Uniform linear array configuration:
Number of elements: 32
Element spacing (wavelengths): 0.25
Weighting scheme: binomial
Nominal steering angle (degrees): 15
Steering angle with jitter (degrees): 15.465
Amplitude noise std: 0.05
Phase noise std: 0.05

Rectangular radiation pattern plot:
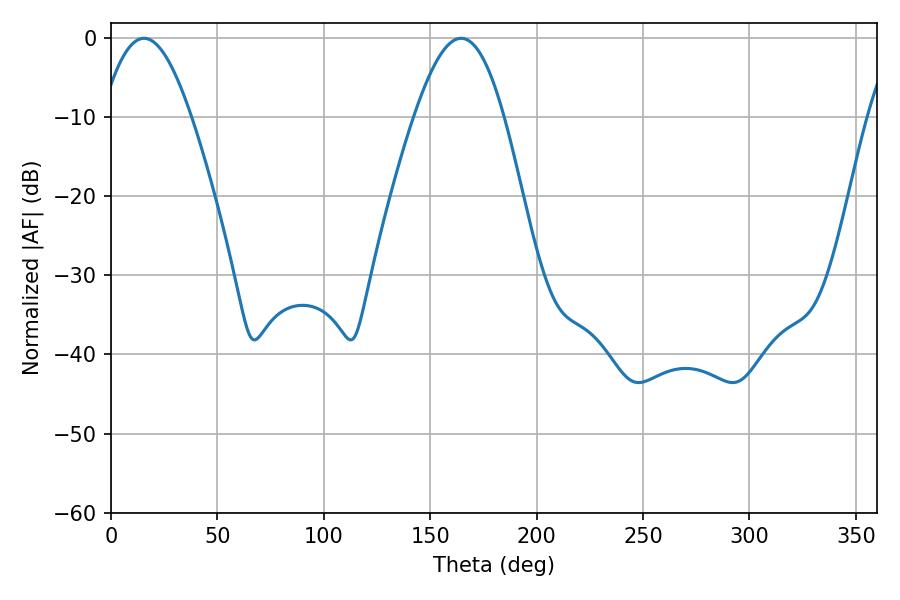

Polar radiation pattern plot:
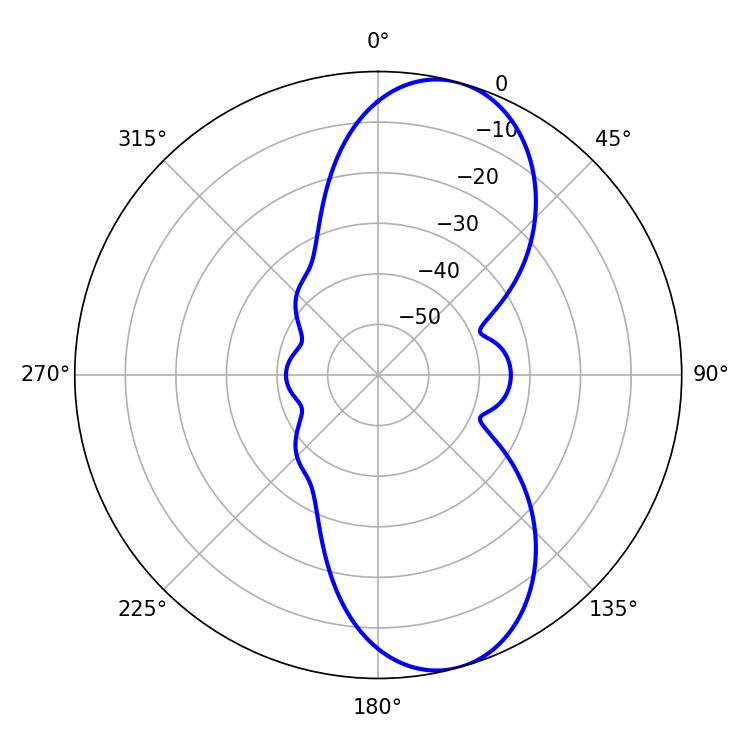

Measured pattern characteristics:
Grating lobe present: FALSE
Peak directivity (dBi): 9.268
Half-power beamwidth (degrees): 22.68
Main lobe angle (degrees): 15.48